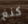
كنغ